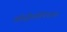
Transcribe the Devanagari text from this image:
ऑस्ट्रैलोपिकस